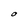
Character: O